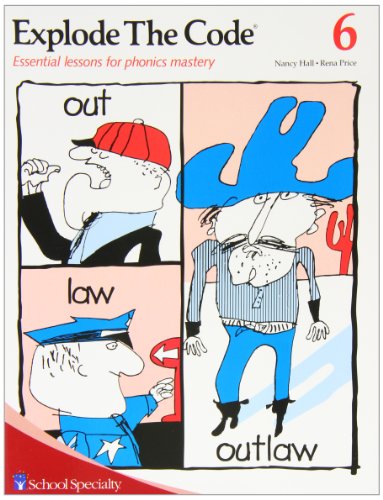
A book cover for Explode the Code/Book Six; Nancy Hall; Reference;